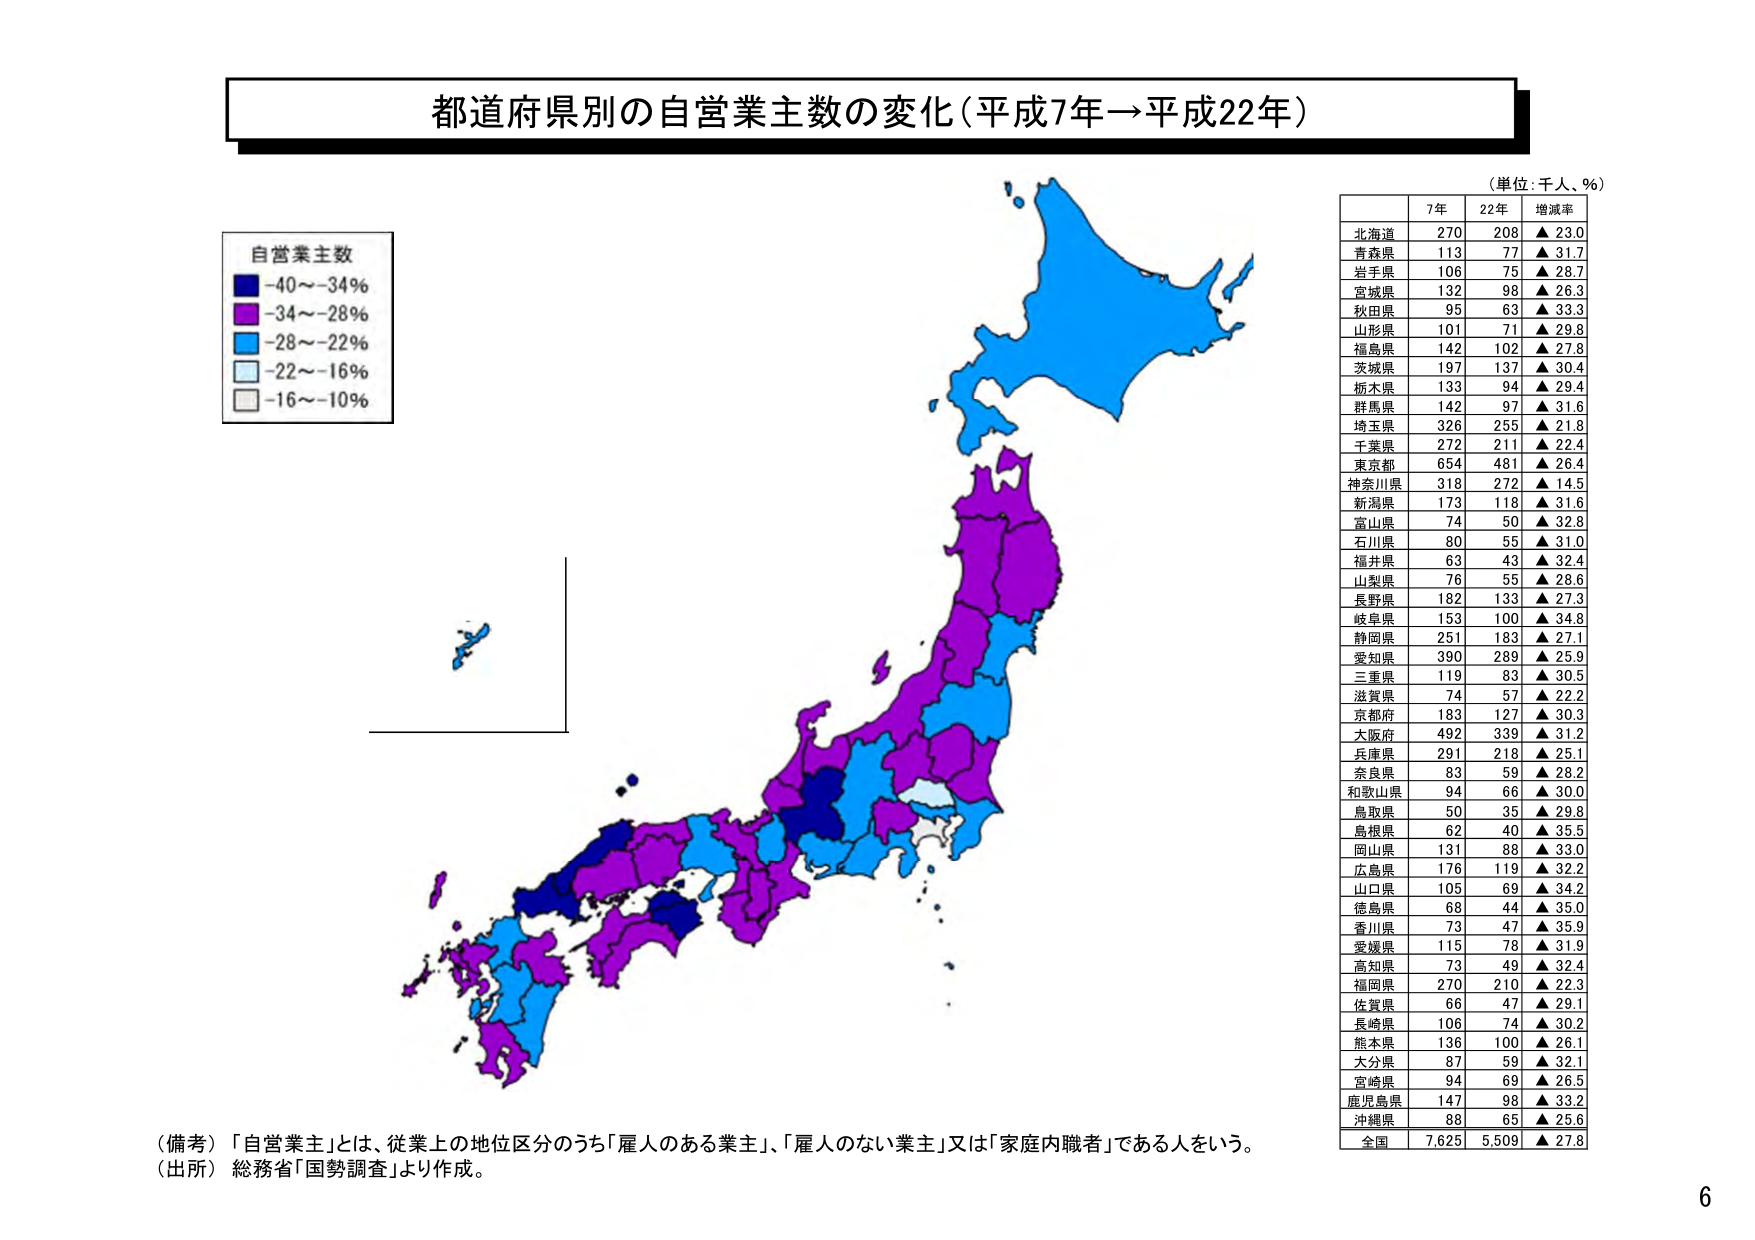
都道府県別の自営業主数の変化（平成7年→平成22年）

（単位：千人、％）

自営業主数
-40～-34％
-34～-28％
-28～-22％
-22～-16％
-16～-10％

7年 22年 増減率
北海道 270 208 ▲ 23.0
青森県 113 77 ▲ 31.7
岩手県 106 75 ▲ 28.7
宮城県 132 98 ▲ 26.3
秋田県 95 63 ▲ 33.3
山形県 101 71 ▲ 29.8
福島県 142 102 ▲ 27.8
茨城県 197 137 ▲ 30.4
栃木県 133 94 ▲ 29.4
群馬県 142 97 ▲ 31.6
埼玉県 326 255 ▲ 21.8
千葉県 272 211 ▲ 22.4
東京都 654 481 ▲ 26.4
神奈川県 318 272 ▲ 14.5
新潟県 173 118 ▲ 31.6
富山県 74 50 ▲ 32.8
石川県 80 55 ▲ 31.0
福井県 63 43 ▲ 32.4
山梨県 76 55 ▲ 28.6
長野県 182 133 ▲ 27.3
岐阜県 153 100 ▲ 34.8
静岡県 251 183 ▲ 27.1
愛知県 390 289 ▲ 25.9
三重県 119 83 ▲ 30.5
滋賀県 74 57 ▲ 22.2
京都府 183 127 ▲ 30.3
大阪府 492 339 ▲ 31.2
兵庫県 291 218 ▲ 25.1
奈良県 83 59 ▲ 28.2
和歌山県 94 66 ▲ 30.0
鳥取県 50 35 ▲ 29.8
島根県 62 40 ▲ 35.5
岡山県 131 88 ▲ 33.0
広島県 176 119 ▲ 32.2
山口県 105 69 ▲ 34.2
徳島県 68 44 ▲ 35.0
香川県 73 47 ▲ 35.9
愛媛県 115 78 ▲ 31.9
高知県 73 49 ▲ 32.4
福岡県 270 210 ▲ 22.3
佐賀県 66 47 ▲ 29.1
長崎県 106 74 ▲ 30.2
熊本県 136 100 ▲ 26.1
大分県 87 59 ▲ 32.1
宮崎県 94 69 ▲ 26.5
鹿児島県 147 98 ▲ 33.2
沖縄県 88 65 ▲ 25.6
全国 7,625 5,509 ▲ 27.8

（備考）「自営業主」とは、従業上の地位区分のうち「雇人のある業主」、「雇人のない業主」又は「家庭内職者」である人をいう。
（出所）総務省「国勢調査」より作成。

6